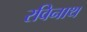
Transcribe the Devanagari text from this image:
रविनाथ